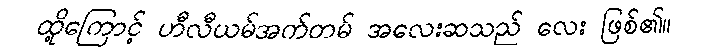
ထို့ကြောင့် ဟီလီယမ်အက်တမ် အလေးဆသည် လေး ဖြစ်၏။